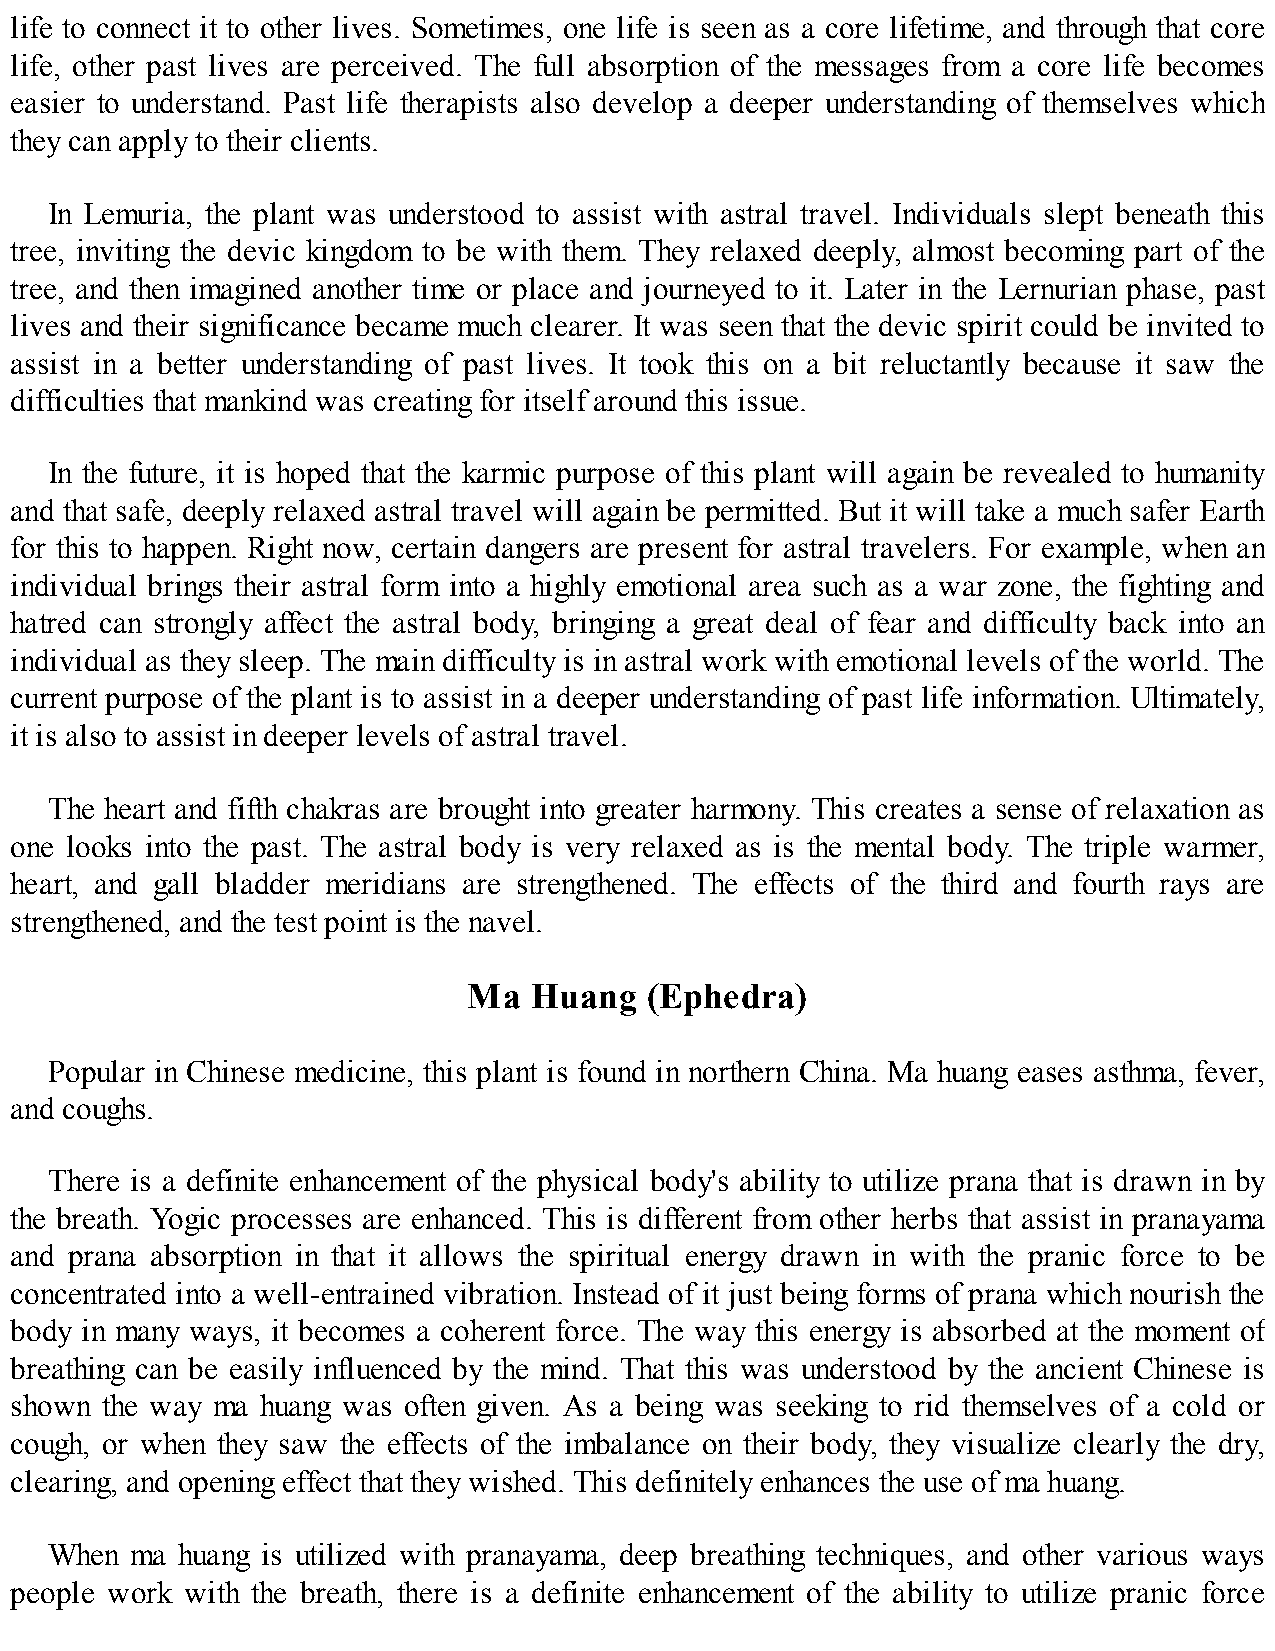
life to connect it to other lives. Sometimes, one life is seen as a core lifetime, and through that core
 life, other past lives are perceived. The full absorption of the messages from a core life becomes
 easier to understand. Past life therapists also develop a deeper understanding of themselves which
 they can apply to their clients.
 In Lemuria, the plant was understood to assist with astral travel. Individuals slept beneath this
 tree, inviting the devic kingdom to be with them. They relaxed deeply, almost becoming part of the
 tree, and then imagined another time or place and journeyed to it. Later in the Lernurian phase, past
 lives and their significance became much clearer. It was seen that the devic spirit could be invited to
 assist in a better understanding of past lives. It took this on a bit reluctantly because it saw the
 difficulties that mankind was creating for itself around this issue.
 In the future, it is hoped that the karmic purpose of this plant will again be revealed to humanity
 and that safe, deeply relaxed astral travel will again be permitted. But it will take a much safer Earth
 for this to happen. Right now, certain dangers are present for astral travelers. For example, when an
 individual brings their astral form into a highly emotional area such as a war zone, the fighting and
 hatred can strongly affect the astral body, bringing a great deal of fear and difficulty back into an
 individual as they sleep. The main difficulty is in astral work with emotional levels of the world. The
 current purpose of the plant is to assist in a deeper understanding of past life information. Ultimately,
 it is also to assist in deeper levels of astral travel.
 The heart and fifth chakras are brought into greater harmony. This creates a sense of relaxation as
 one looks into the past. The astral body is very relaxed as is the mental body. The triple warmer,
 heart, and gall bladder meridians are strengthened. The effects of the third and fourth rays are
 strengthened, and the test point is the navel.
 Ma  Huang   (Ephedra)
 Popular in Chinese medicine, this plant is found in northern China. Ma huang eases asthma, fever,
 and coughs.
 There is a definite enhancement of the physical body's ability to utilize prana that is drawn in by
 the breath. Yogic processes are enhanced. This is different from other herbs that assist in pranayama
 and prana absorption in that it allows the spiritual energy drawn in with the pranic force to be
 concentrated into a well-entrained vibration. Instead of it just being forms of prana which nourish the
 body in many ways, it becomes a coherent force. The way this energy is absorbed at the moment of
 breathing can be easily influenced by the mind. That this was understood by the ancient Chinese is
 shown the way ma huang was often given. As a being was seeking to rid themselves of a cold or
 cough, or when they saw the effects of the imbalance on their body, they visualize clearly the dry,
 clearing, and opening effect that they wished. This definitely enhances the use of ma huang.
 When  ma huang is utilized with pranayama, deep breathing techniques, and other various ways
 people work with the breath, there is a definite enhancement of the ability to utilize pranic force